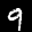
Label: 9